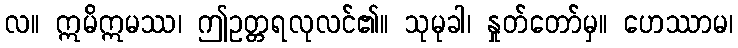
လ။ ဣမိဣမဿ၊ ဤဥတ္တရလုလင်၏။ သုမုခါ၊ နှုတ်တော်မှ။ ဟေဿာမ၊